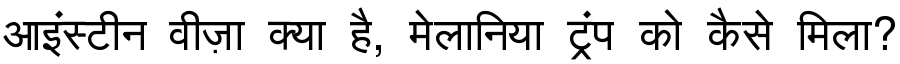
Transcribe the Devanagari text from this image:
आइंस्टीन वीज़ा क्या है, मेलानिया ट्रंप को कैसे मिला?